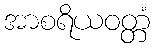
အာစရိယဝတ္တံ